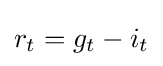
r_{t}=g_{t}-i_{t}